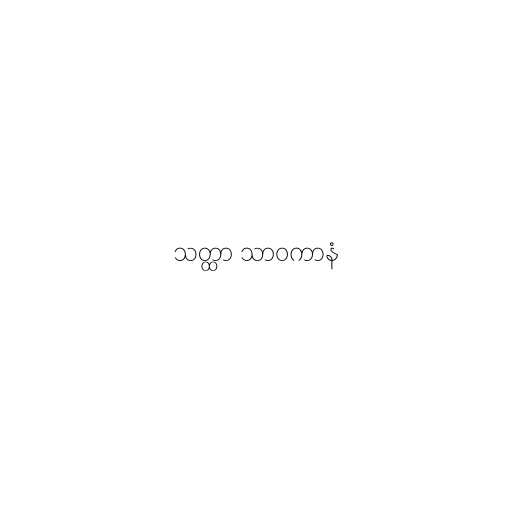
သတ္ထာ သာဝကာနံ